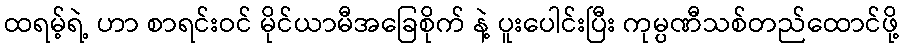
ထရမ့်ရဲ့ ဟာ စာရင်းဝင် မိုင်ယာမီအခြေစိုက် နဲ့ ပူးပေါင်းပြီး ကုမ္ပဏီသစ်တည်ထောင်ဖို့